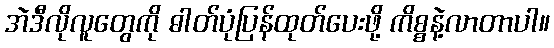
အဲဒီလိုလူတွေကို ဓါတ်ပုံပြန်ထုတ်ပေးဖို့ ကိစ္စနဲ့လာတာပါ။